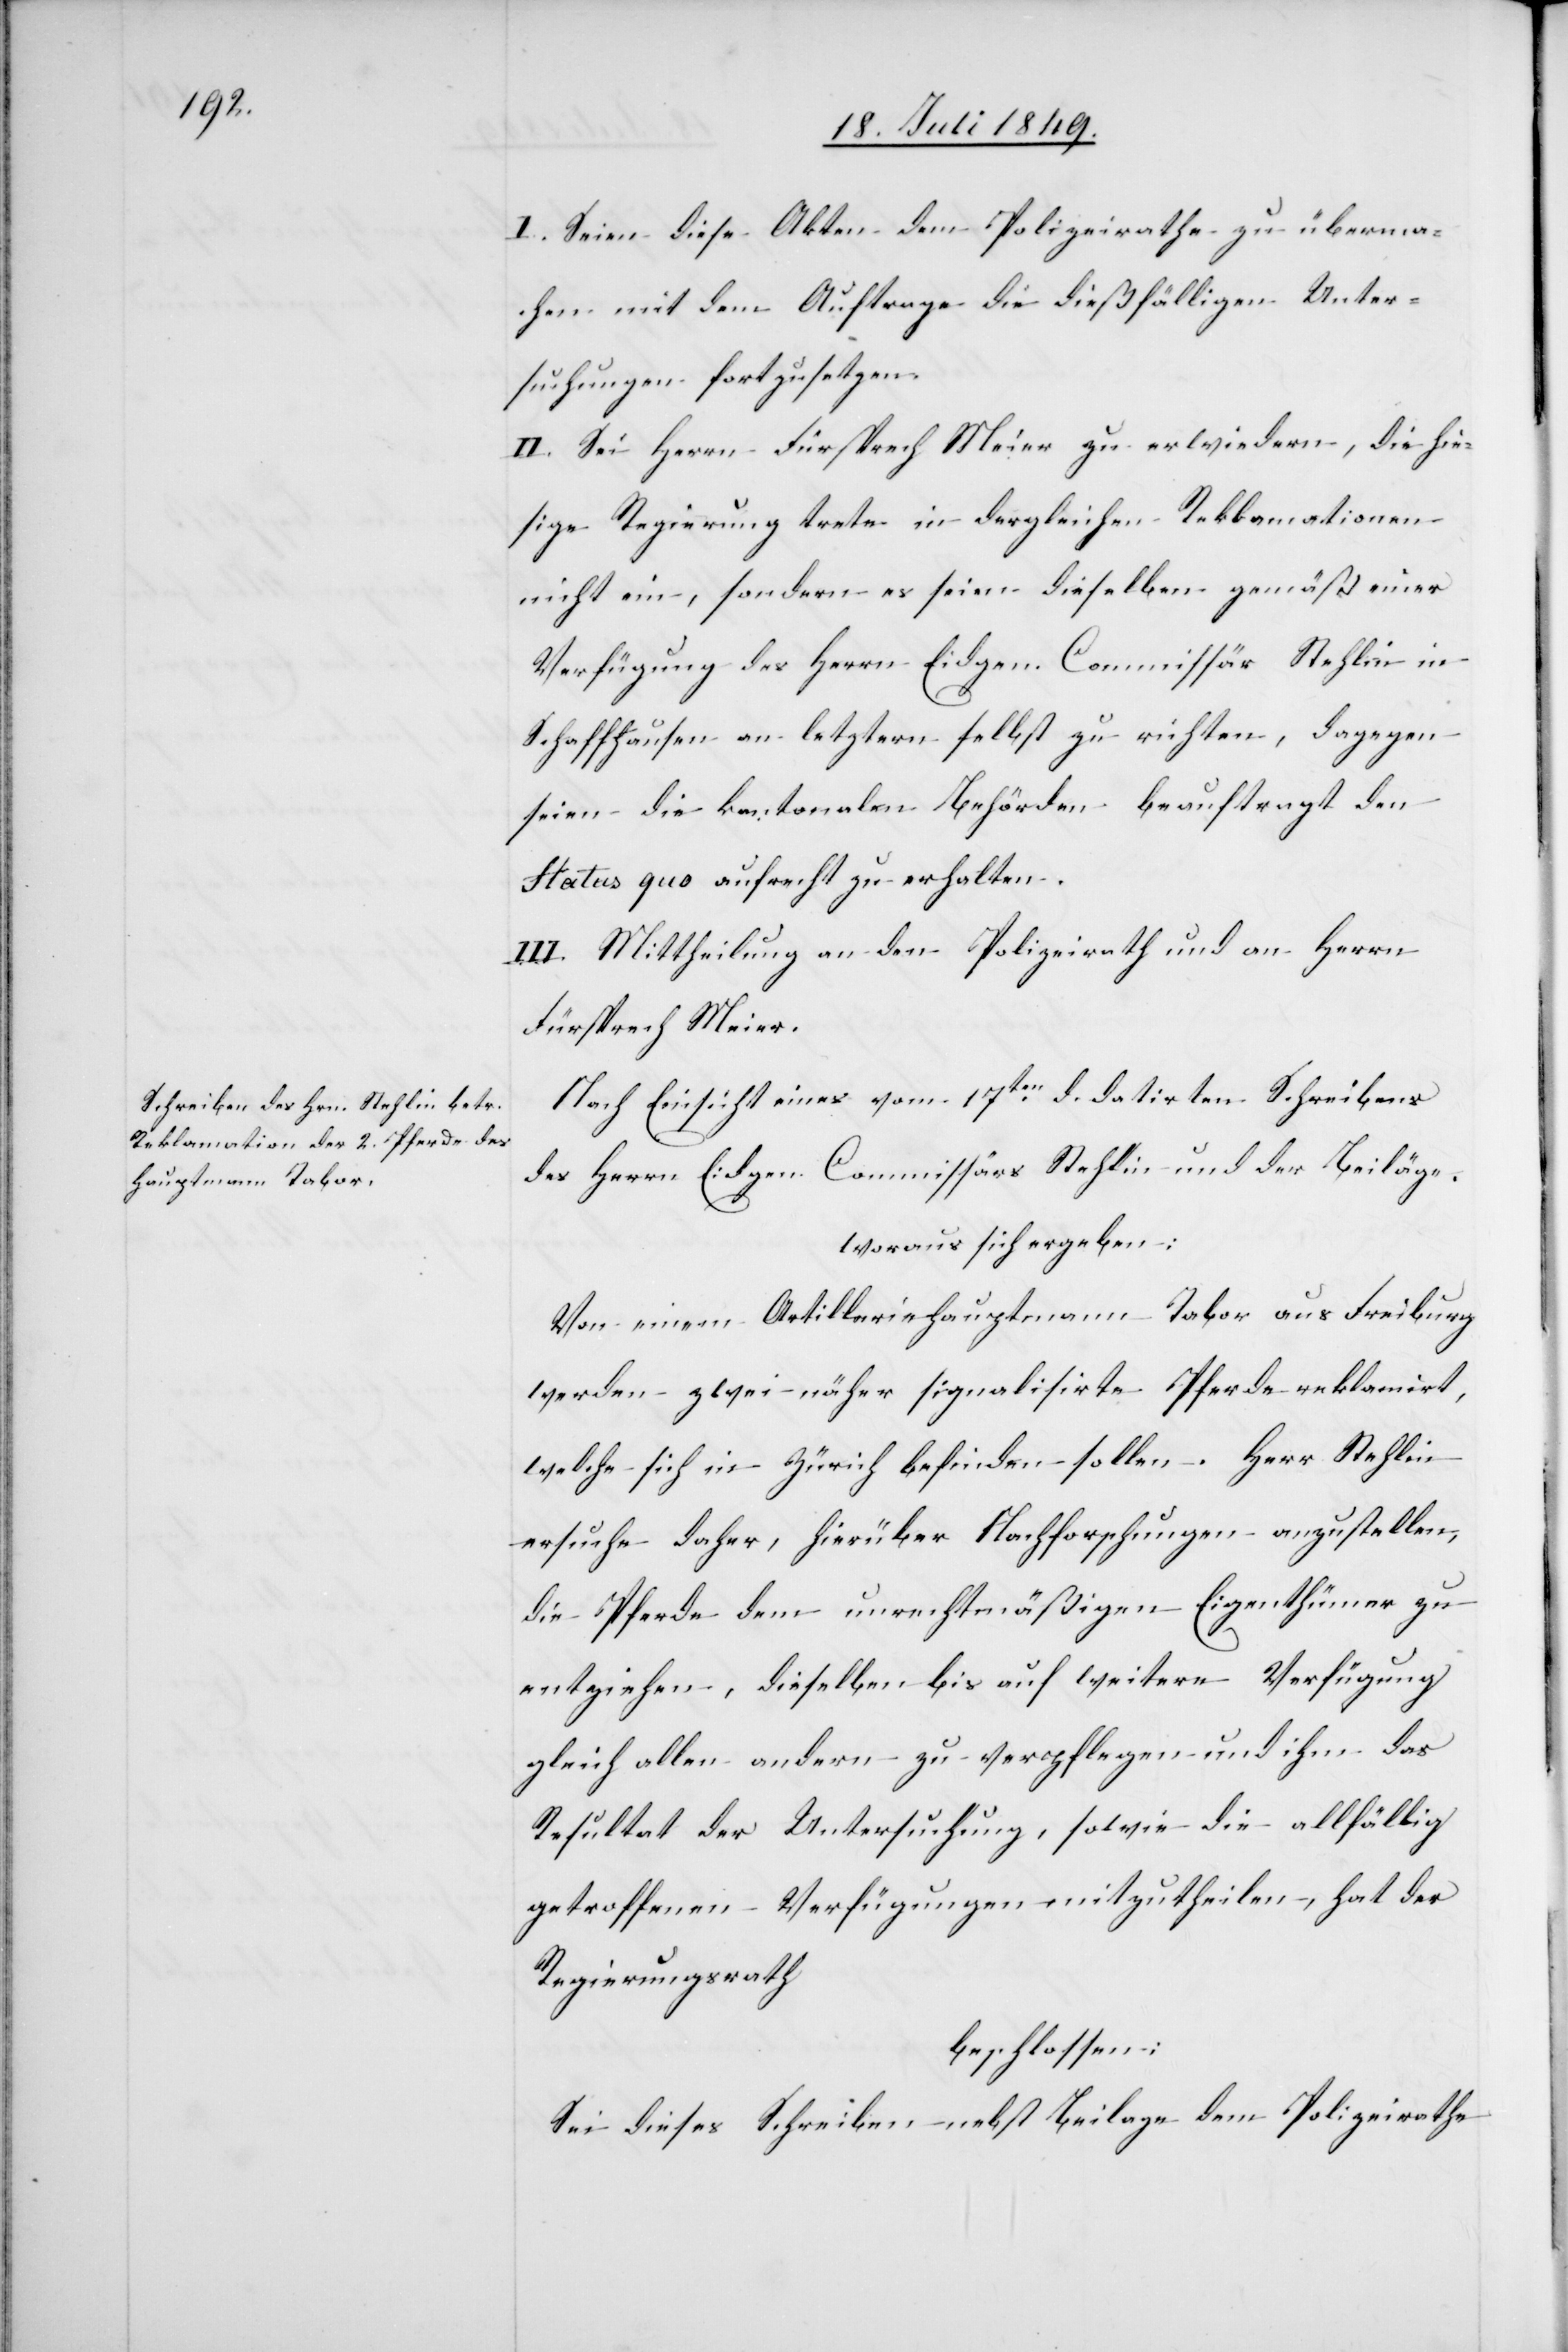
I. Seien diese Akten dem Polizeirathe zu überma¬
chen mit dem Auftrage die dießfälligen Unter¬
suchungen fortzusetzen.
II. Sei Herrn Fürsprech Meier zu erwiedern, die hie¬
sige Regierung trete in dergleichen Reklamationen
nicht ein, sondern es seien dieselben gemäß einer
Verfügung des Herrn Eidgen. Commissär Stehlin in
Schaffhausen an letztern selbst zu richten, dagegen
seien die kantonalen Behörden beauftragt den
Status quo aufrecht zu erhalten.
III. Mittheilung an den Polizeirath und an Herrn
Fürsprech Meier.
Nach Einsicht eines vom 17ten d. datirten Schreibens
des Herrn Eidgen. Commissärs Stehlin und der Beiläge
woraus sich ergeben:
Von einem Artilleriehauptmann Tabor aus Freiburg
werden zwei näher signalisirte Pferde reklamirt,
welche sich in Zürich befinden sollen. Herr Stehlin
ersuche daher, hierüber Nachforschungen anzustellen,
die Pferde dem unrechtmäßigen Eigenthümer zu
entziehen, dieselben bis auf weitere Verfügung
gleich allen andern zu verpflegen und ihm das
Resultat der Untersuchung, sowie die allfällig
getroffenen Verfügungen mitzutheilen, hat der
Regierungsrath
beschlossen:
Sei dieses Schreiben nebst Beilage dem Polizeirathe